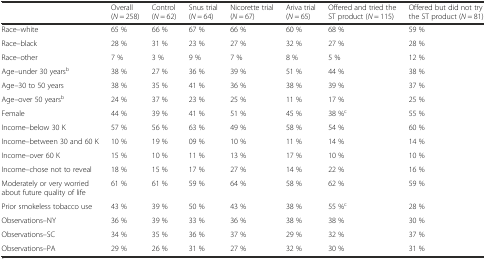
<table><thead><tr><td></td><td><b>Overall (<i>N</i> = 258)</b></td><td><b>Control (<i>N</i> = 62)</b></td><td><b>Snus trial (<i>N</i> = 64)</b></td><td><b>Nicorette trial (<i>N</i> = 67)</b></td><td><b>Ariva trial (<i>N</i> = 65)</b></td><td><b>Offered and tried the ST product (<i>N</i> = 115)</b></td><td><b>Offered but did not try the ST product (<i>N</i> = 81)</b></td></tr></thead><tbody><tr><td>Race–white</td><td>65 %</td><td>66 %</td><td>67 %</td><td>66 %</td><td>60 %</td><td>68 %</td><td>59 %</td></tr><tr><td>Race–black</td><td>28 %</td><td>31 %</td><td>23 %</td><td>27 %</td><td>32 %</td><td>27 %</td><td>28 %</td></tr><tr><td>Race–other</td><td>7 %</td><td>3 %</td><td>9 %</td><td>7 %</td><td>8 %</td><td>5 %</td><td>12 %</td></tr><tr><td>Age–under 30 years<sup>b</sup></td><td>38 %</td><td>27 %</td><td>36 %</td><td>39 %</td><td>51 %</td><td>44 %</td><td>38 %</td></tr><tr><td>Age–30 to 50 years</td><td>38 %</td><td>35 %</td><td>41 %</td><td>36 %</td><td>38 %</td><td>39 %</td><td>37 %</td></tr><tr><td>Age–over 50 years<sup>b</sup></td><td>24 %</td><td>37 %</td><td>23 %</td><td>25 %</td><td>11 %</td><td>17 %</td><td>25 %</td></tr><tr><td>Female</td><td>44 %</td><td>39 %</td><td>41 %</td><td>51 %</td><td>45 %</td><td>38 %<sup>c</sup></td><td>55 %</td></tr><tr><td>Income–below 30 K</td><td>57 %</td><td>56 %</td><td>63 %</td><td>49 %</td><td>58 %</td><td>54 %</td><td>60 %</td></tr><tr><td>Income–between 30 and 60 K</td><td>10 %</td><td>19 %</td><td>09 %</td><td>10 %</td><td>11 %</td><td>14 %</td><td>14 %</td></tr><tr><td>Income–over 60 K</td><td>15 %</td><td>10 %</td><td>11 %</td><td>13 %</td><td>17 %</td><td>10 %</td><td>10 %</td></tr><tr><td>Income–chose not to reveal</td><td>18 %</td><td>15 %</td><td>17 %</td><td>27 %</td><td>14 %</td><td>22 %</td><td>16 %</td></tr><tr><td>Moderately or very worried about future quality of life</td><td>61 %</td><td>61 %</td><td>59 %</td><td>64 %</td><td>58 %</td><td>62 %</td><td>59 %</td></tr><tr><td>Prior smokeless tobacco use</td><td>43 %</td><td>39 %</td><td>50 %</td><td>43 %</td><td>38 %</td><td>55 %<sup>c</sup></td><td>28 %</td></tr><tr><td>Observations–NY</td><td>36 %</td><td>39 %</td><td>33 %</td><td>36 %</td><td>38 %</td><td>38 %</td><td>30 %</td></tr><tr><td>Observations–SC</td><td>34 %</td><td>35 %</td><td>36 %</td><td>37 %</td><td>29 %</td><td>32 %</td><td>37 %</td></tr><tr><td>Observations–PA</td><td>29 %</td><td>26 %</td><td>31 %</td><td>27 %</td><td>32 %</td><td>30 %</td><td>31 %</td></tr></tbody></table>